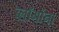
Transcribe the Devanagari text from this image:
ब्लॉगांना